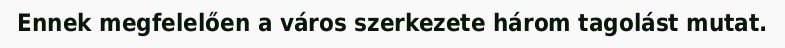
Ennek megfelelően a város szerkezete három tagolást mutat.